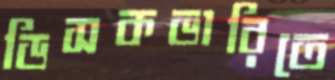
ডিসকভারিতে